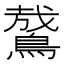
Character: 䳣